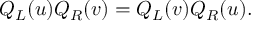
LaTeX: Q _ { L } ( u ) Q _ { R } ( v ) = Q _ { L } ( v ) Q _ { R } ( u ) .